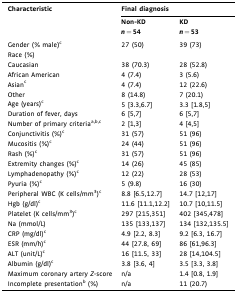
| Characteristic | <COLSPAN=2> Final diagnosis |
 |  | Non-KD n = 54 | KD n = 53 |
 | --- | --- | --- |
 | Gender (% male)c | 27 (50) | 39 (73) |
 | Race (%) |  |  |
 | Caucasian | 38 (70.3) | 28 (52.8) |
 | African American | 4 (7.4) | 3 (5.6) |
 | Asianc | 4 (7.4) | 12 (22.6) |
 | Other | 8 (14.8) | 7 (20.1) |
 | Age (years)c | 5 [3.3,6.7] | 3.3 [1.8,5] |
 | Duration of fever, days | 6 [5,7] | 6 [5,7] |
 | Number of primary criteriaa,b,c | 2 [1,3] | 4 [4,5] |
 | Conjunctivitis (%)c | 31 (57) | 51 (96) |
 | Mucositis (%)c | 24 (44) | 51 (96) |
 | Rash (%)c | 31 (57) | 51 (96) |
 | Extremity changes (%)c | 14 (26) | 45 (85) |
 | Lymphadenopathy (%)c | 12 (22) | 28 (53) |
 | Pyuria (%)c | 5 (9.8) | 16 (30) |
 | Peripheral WBC (K cells/mm3)c | 8.8 [6.5,12.7] | 14.7 [12,17] |
 | Hgb (g/dl)c | 11.6 [11.1,12.2] | 10.7 [10,11.5] |
 | Platelet (K cells/mm3)c | 297 [215,351] | 402 [345,478] |
 | Na (mmol/L) | 135 [133,137] | 134 [132,135.5] |
 | CRP (mg/dl)c | 4.9 [2.2, 8.3] | 9.2 [6.3, 16.7] |
 | ESR (mm/h)c | 44 [27.8, 69] | 86 [61,96.3] |
 | ALT (unit/L)c | 16 [11.5, 33] | 28 [14,104.5] |
 | Albumin (g/dl)c | 3.8 [3.6, 4] | 3.5 [3.3, 3.8] |
 | Maximum coronary artery Z-score | n/a | 1.4 [0.8, 1.9] |
 | Incomplete presentationb (%) | n/a | 11 (20.7) |